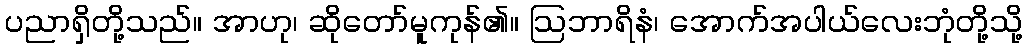
ပညာရှိတို့သည်။ အာဟု၊ ဆိုတော်မူကုန်၏။ ဩဘာရိနံ၊ အောက်အပါယ်လေးဘုံတို့သို့